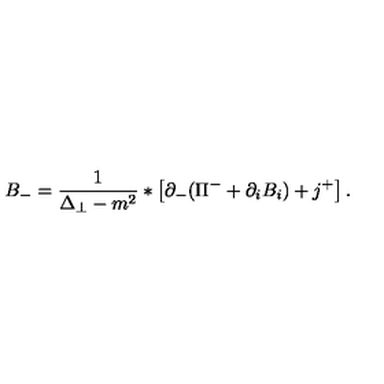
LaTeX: B _ { - } = \frac { 1 } { \Delta _ { \perp } - m ^ { 2 } } * \left[ \partial _ { - } ( \Pi ^ { - } + \partial _ { i } B _ { i } ) + j ^ { + } \right] .